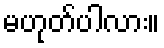
မဟုတ်ပါလား။